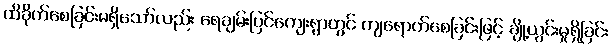
ထိခိုက်စေခြင်းမရှိသော်လည်း ရေချမ်းပြင်ကျေးရွာတွင် ကျရောက်စေခြင်းဖြင့် ချို့ယွင်းမှုရှိခြင်း